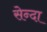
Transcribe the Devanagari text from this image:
सेन्दा